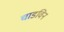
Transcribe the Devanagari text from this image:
चाडविन